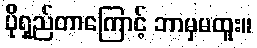
ပိုရှည်တာကြောင့် ဘာမှမထူး။